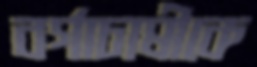
বর্গাচাষীকে